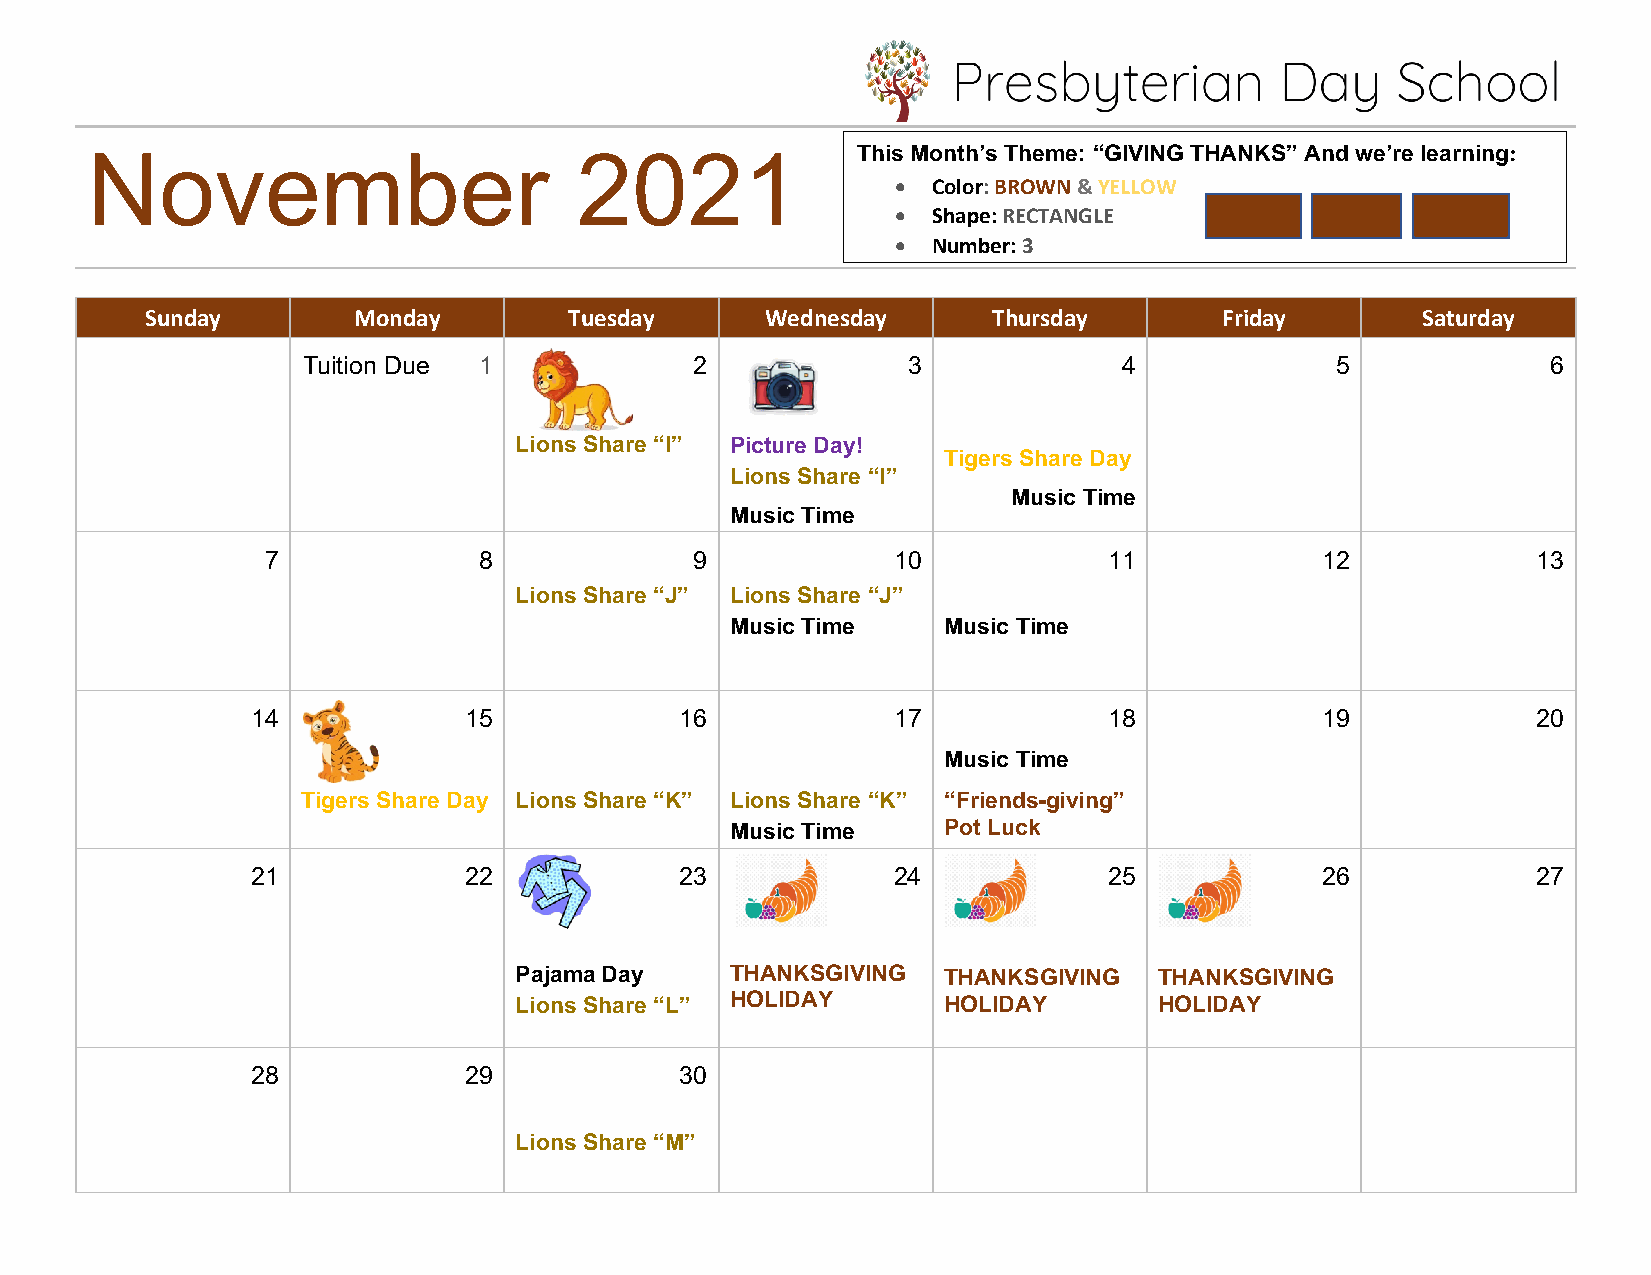
November                        2021               This Month’s Theme: “GIVING THANKS” And we’re learning:
 •  Color: BROWN & YELLOW
 •  Shape: RECTANGLE
 •  Number: 3
 Sunday       Monday         Tuesday      Wednesday      Thursday       Friday       Saturday
 Tuition Due 1             2             3             4             5              6
 Lions Share “I” Picture Day!
 Tigers Share Day
 Lions Share “I”
 Music Time
 Music Time
 7             8             9            10            11            12             13
 Lions Share “J” Lions Share “J”
 Music Time    Music Time
 14            15            16            17            18            19             20
 Music Time
 Tigers Share Day Lions Share “K” Lions Share “K” “Friends-giving”
 Music Time    Pot Luck
 Music Time
 21            22            23            24            25            26             27
 Pajama Day    THANKSGIVING  THANKSGIVING   THANKSGIVING
 Lions Share “L” HOLIDAY     HOLIDAY        HOLIDAY
 28            29            30
 Lions Share “M”